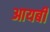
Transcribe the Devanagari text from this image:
आयबी